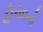
હીરોઇનો